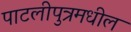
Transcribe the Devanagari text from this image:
पाटलीपुत्रमधील